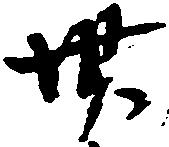
卅